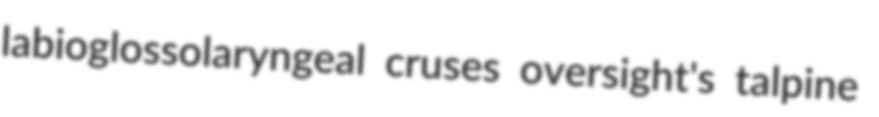
labioglossolaryngeal cruses oversight's talpine